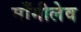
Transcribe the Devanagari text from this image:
माँगीलेव